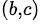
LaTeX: ^{(b,c)}